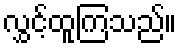
လွှင့်ထူကြသည်။